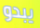
يبدو